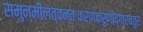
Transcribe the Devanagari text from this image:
समुन्मीलत्वन्तःकरणकरुणोद्गारचतुरः